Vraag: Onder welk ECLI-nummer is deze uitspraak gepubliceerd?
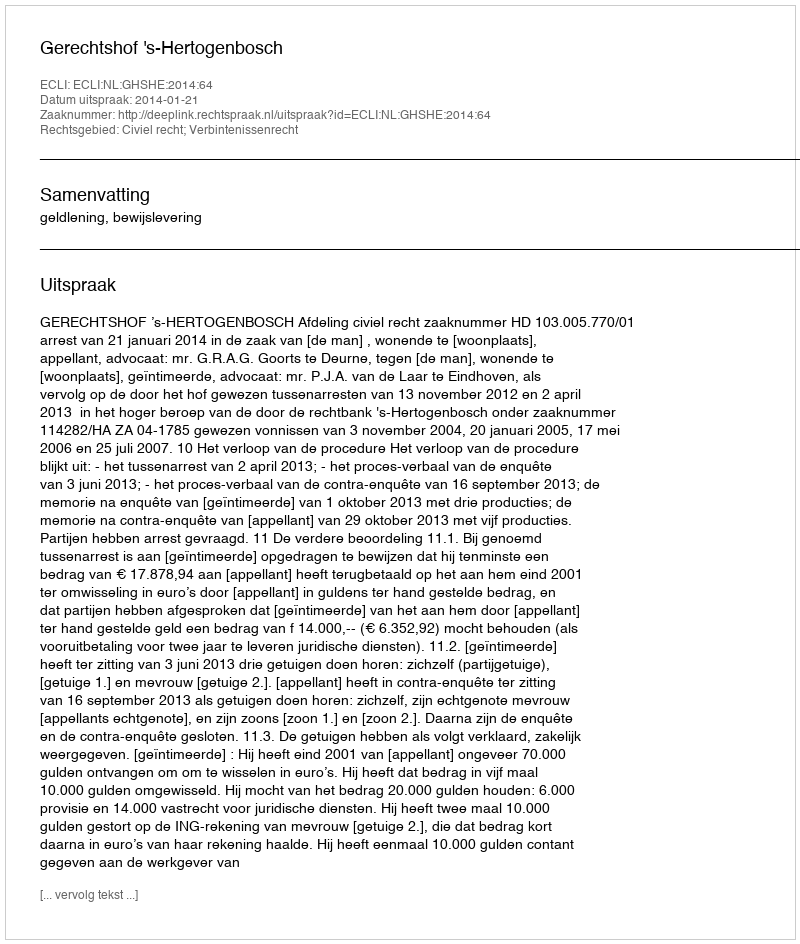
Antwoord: ECLI:NL:GHSHE:2014:64